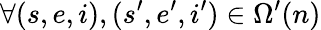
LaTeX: \forall(s,e,i),(s^{\prime},e^{\prime},i^{\prime})\in\Omega^{\prime}(n)